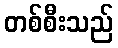
တစ်စီးသည်